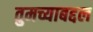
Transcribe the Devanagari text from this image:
तुमच्याबद्दल